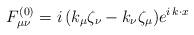
LaTeX: \begin{align*}F^{(0)}_{\mu\nu}=i\,(k_\mu\zeta_\nu-k_\nu\zeta_\mu) e^{i\,k\cdot x}\end{align*}